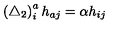
\left( \triangle _ { 2 } \right) _ { i } ^ { a } h _ { a j } = \alpha h _ { i j }